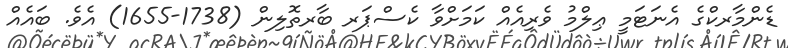
ޑެންމާރކްގެ އެނަޓަމީ ޢިލްމު ވެރިއެއް ކަމަށްވާ ކެސްޕަރ ބާރތޮލިން (1738-1655) އެވެ. ބައެއް